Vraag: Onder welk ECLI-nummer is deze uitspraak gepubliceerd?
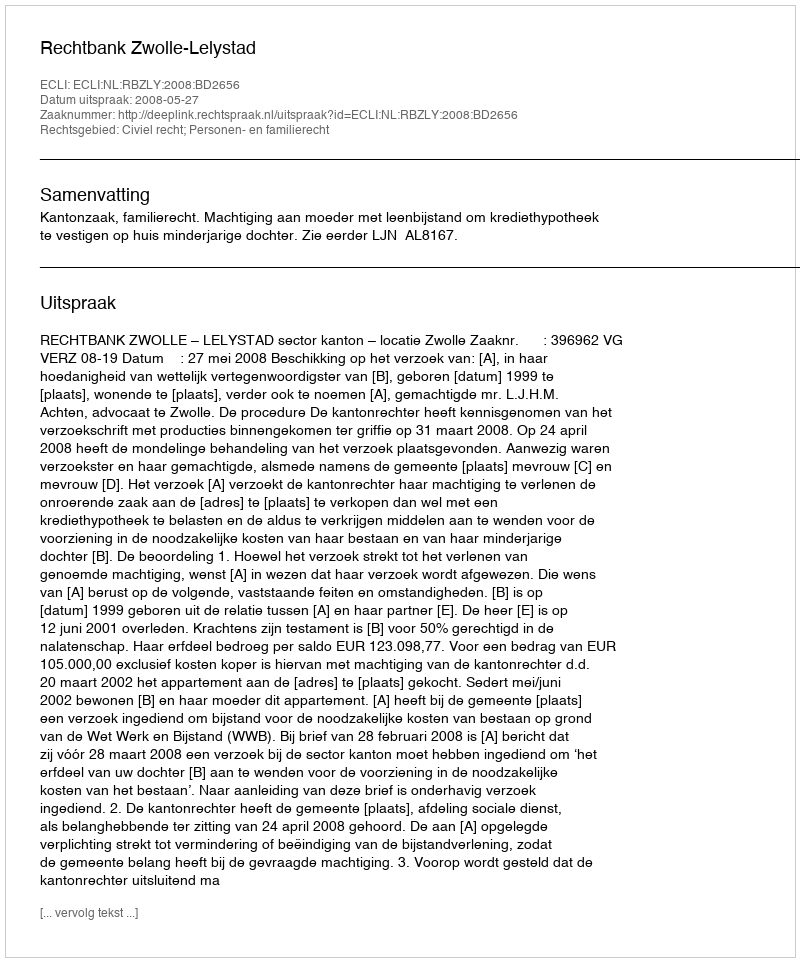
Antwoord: ECLI:NL:RBZLY:2008:BD2656